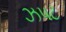
ઝપટ